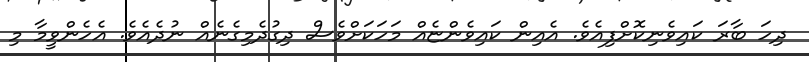
ދިހަ ބާރަ ކައިވެނިކޮށްފިއެވެ. އެއިން ކައިވެންޏެއް މަހަކަށްވެސް ދިގުދެމިގެނެއް ނުދެއެވެ. އެހެންވީމާ މި